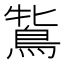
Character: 𪀻